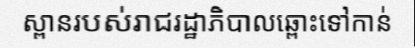
ស្ពានរបស់រាជរដ្ឋាភិបាលឆ្ពោះទៅកាន់